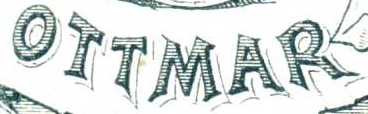
OTTMAR